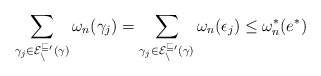
\begin{align*}\sum_{\gamma_j \in \cal E_n^{v_0}(\gamma)} \omega_n(\gamma_j) = \sum_{\gamma_j \in \cal E_n^{v_0}(\gamma)} \omega_n(\epsilon_j)\leq\omega^*_n(e^*)\end{align*}